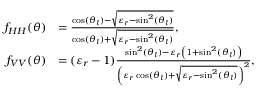
\begin{array} { r l } { f _ { H H } ( \theta ) } & { = \frac { \cos ( \theta _ { l } ) - \sqrt { \varepsilon _ { r } - \sin ^ { 2 } ( \theta _ { l } ) } } { \cos ( \theta _ { l } ) + \sqrt { \varepsilon _ { r } - \sin ^ { 2 } ( \theta _ { l } ) } } , } \\ { f _ { V V } ( \theta ) } & { = ( \varepsilon _ { r } - 1 ) \frac { \sin ^ { 2 } ( \theta _ { l } ) - \varepsilon _ { r } \left( 1 + \sin ^ { 2 } ( \theta _ { l } ) \right) } { \left( \varepsilon _ { r } \cos ( \theta _ { l } ) + \sqrt { \varepsilon _ { r } - \sin ^ { 2 } ( \theta _ { l } ) } \right) ^ { 2 } } , } \end{array}